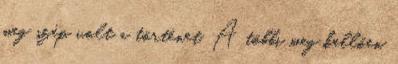
meg szép volt a történet. A többi meg kellően